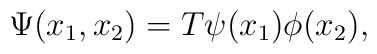
\Psi(x_1,x_2)=T\psi(x_1)\phi(x_2),